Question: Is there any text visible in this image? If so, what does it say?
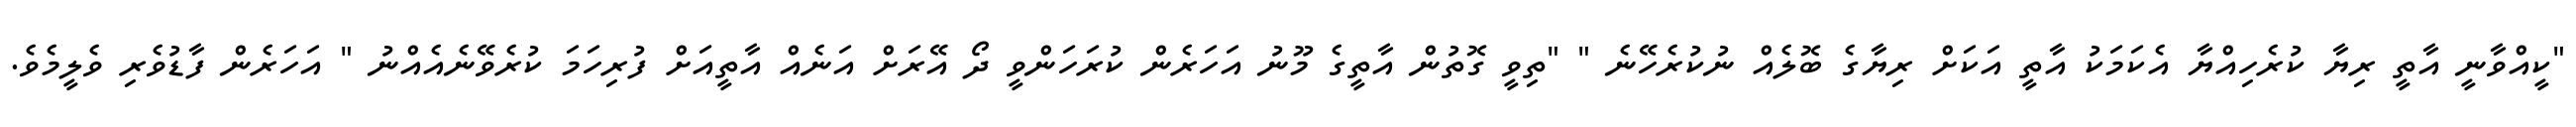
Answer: "ކީއްވާނީ އާތީ ރިޔާ ކުރެހިއްޔާ އެކަމަކު އާތީ އަކަށް ރިޔާގެ ބޮލެއް ނުކުރެހޭނެ " "ތިވީ ގޮތުން އާތީގެ މޫނު އަހަރެން ކުރަހަންވީ ދޯ އޭރަށް އަނެއް އާތީއަށް ފުރިހަމަ ކުރެވޭނެއެއްނު " އަހަރެން ފާޑުވެރި ވެލީމެވެ.